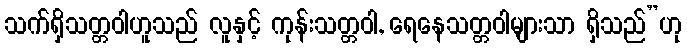
သက်ရှိသတ္တဝါဟူသည် လူနှင့် ကုန်းသတ္တဝါ, ရေနေသတ္တဝါများသာ ရှိသည်”ဟု